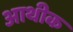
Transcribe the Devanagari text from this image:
आथीक